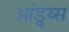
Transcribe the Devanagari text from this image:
आंड्र्य्स